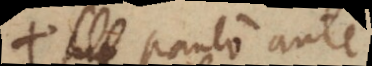
paulo ante